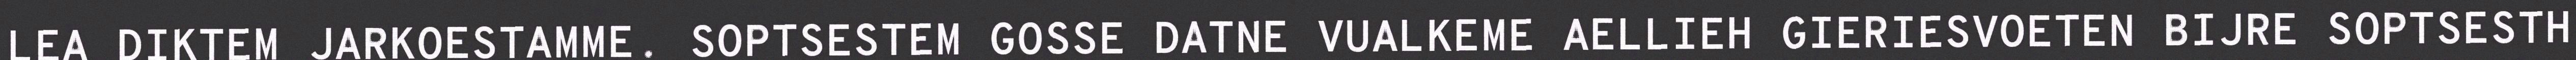
LEA DIKTEM JARKOESTAMME. SOPTSESTEM GOSSE DATNE VUALKEME AELLIEH GIERIESVOETEN BIJRE SOPTSESTH